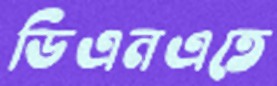
ডিএনএতে